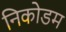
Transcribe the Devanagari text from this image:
निकोडम